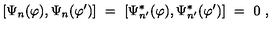
[ \Psi _ { n } ( \varphi ) , \Psi _ { n } ( \varphi ^ { \prime } ) ] \ = \ [ \Psi _ { n ^ { \prime } } ^ { * } ( \varphi ) , \Psi _ { n ^ { \prime } } ^ { * } ( \varphi ^ { \prime } ) ] \ = \ 0 \ ,